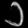
Digit: ၁